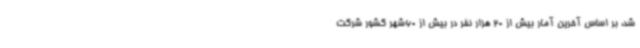
شد، بر اساس آخرین آمار بیش از 20 هزار نفر در بیش از 60شهر کشور شرکت